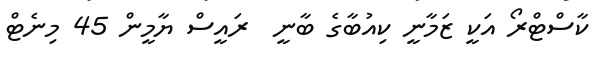
ކާސްޓްރޯ އަކީ ޒަމާނީ ކިއުބާގެ ބާނީ  ރައީސް ޔާމީން 45 މިނެޓް